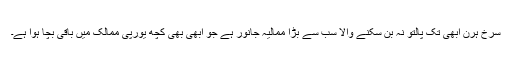
سرخ ہرن ابھی تک پالتو نہ بن سکنے والا سب سے بڑا ممالیہ جانور ہے جو ابھی بھی کچھ یورپی ممالک میں باقی بچا ہوا ہے۔